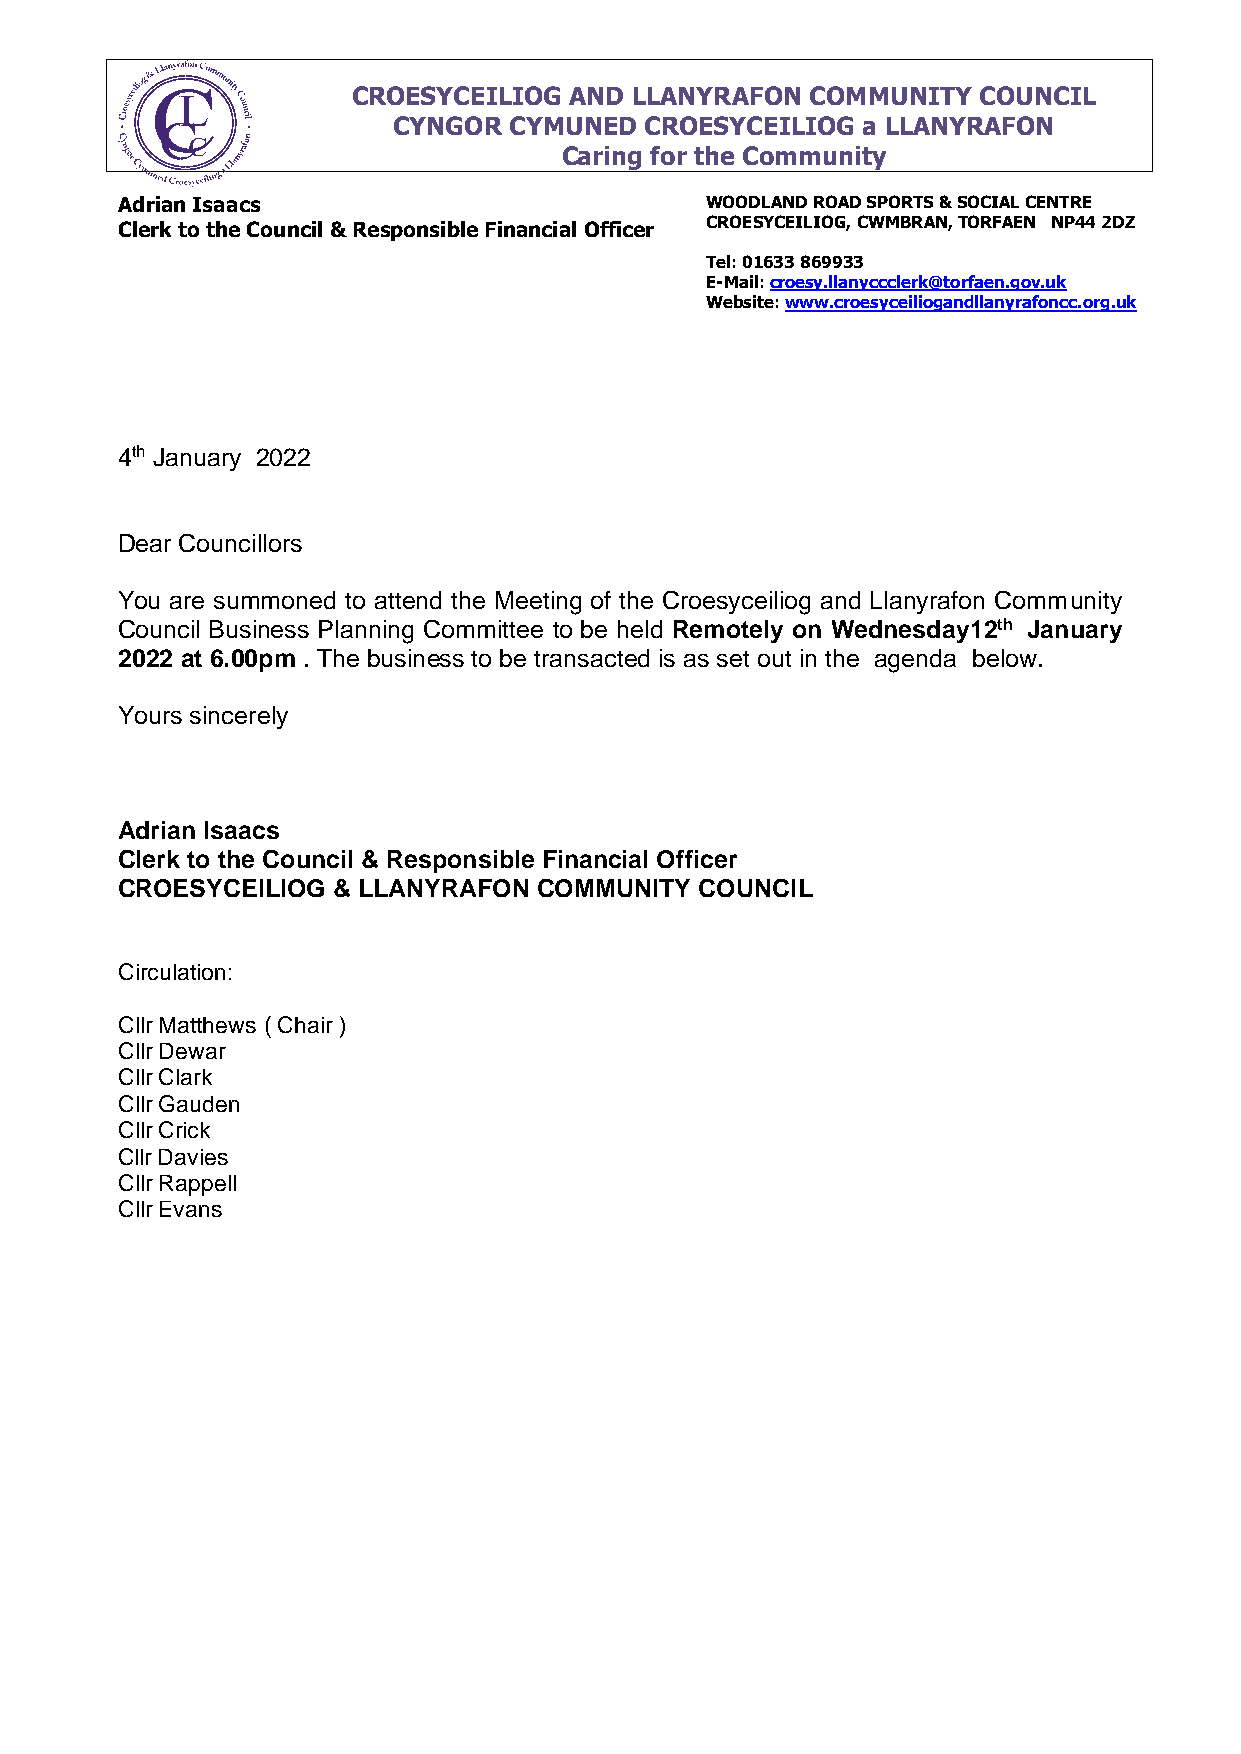
CROESYCEILIOG  AND LLANYRAFON  COMMUNITY  COUNCIL
 CYNGOR  CYMUNED  CROESYCEILIOG a LLANYRAFON
 Caring for the Community
 Adrian Isaacs                          WOODLAND ROAD SPORTS & SOCIAL CENTRE
 Clerk to the Council & Responsible Financial Officer CROESYCEILIOG, CWMBRAN, TORFAEN NP44 2DZ
 Tel: 01633 869933
 E-Mail: croesy.llanyccclerk@torfaen.gov.uk
 Website: www.croesyceiliogandllanyrafoncc.org.uk
 4th January 2022
 Dear Councillors
 You are summoned to attend the Meeting of the Croesyceiliog and Llanyrafon Community
 Council Business Planning Committee to be held Remotely on Wednesday12th January
 2022 at 6.00pm . The business to be transacted is as set out in the agenda below.
 Yours sincerely
 Adrian Isaacs
 Clerk to the Council & Responsible Financial Officer
 CROESYCEILIOG & LLANYRAFON  COMMUNITY COUNCIL
 Circulation:
 Cllr Matthews ( Chair )
 Cllr Dewar
 Cllr Clark
 Cllr Gauden
 Cllr Crick
 Cllr Davies
 Cllr Rappell
 Cllr Evans